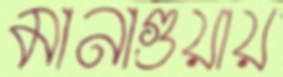
মানাগুয়ায়